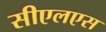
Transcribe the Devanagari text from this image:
सीएलएस